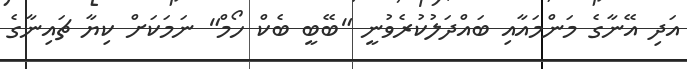
އަދި އޭނާގެ މަންމައާއި ބައްދަލުކުރެވުނީ "ބޭބީ ބެކް ހޯމް" ނަމަކަށް ކިޔާ ޗައިނާގެ